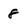
Character: 8